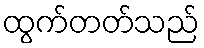
ထွက်တတ်သည်